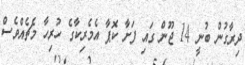
ދިރާގުން ބުނީ 14 ޖޫން ގައި ފަށާ ކޮޕާ އެމެރިކާގެ ހުރިހާ މެޗެއްވެސް